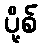
ပို့စ်